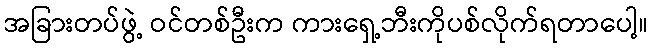
အခြားတပ်ဖွဲ့ ဝင်တစ်ဦးက ကားရှေ့ဘီးကိုပစ်လိုက်ရတာပေါ့။